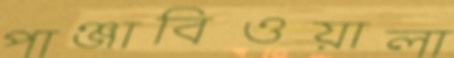
পাঞ্জাবিওয়ালা